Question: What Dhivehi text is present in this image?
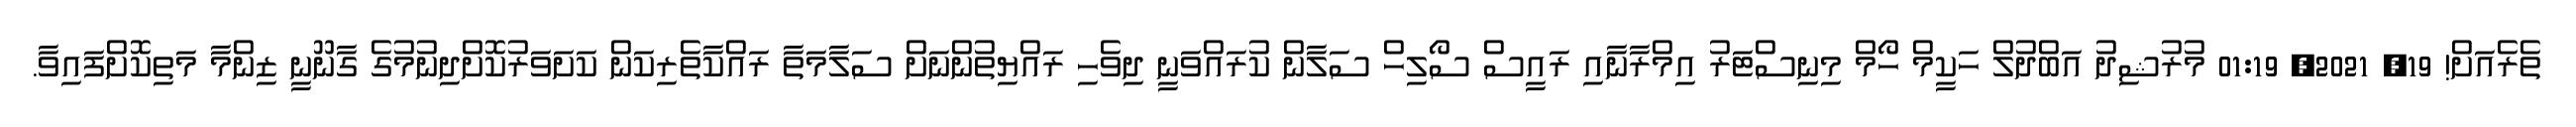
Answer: ތެރެއަށް! 19, 2021, 01:19 މުރުޝިދު އަބްދުލް ހަކީމް ހޯމް މިނިސްޓަރު އިމްރާނާއި ރައީސް ސޯލިހް ސަލާން ކުރައްވަނީ ދިވެހި ރައްޔިތުންނަށް ސަލާމަތާ ރައްކާތެރިކަން ކަށަވަރުކޮށްދިނުމުގެ ގާނޫނީ ޒިންމާ މަތިކޮށްފައިވާ.